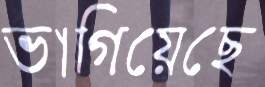
ভাগিয়েছে